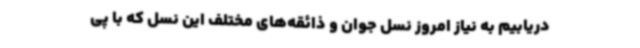
دریابیم به نیاز امروز نسل جوان و ذائقه‌های مختلف این نسل که با پی